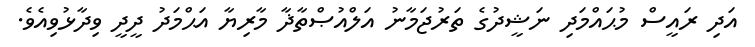
އަދި ރައީސް މުޙައްމަދި ނަޝީދުގެ ތަރުޖަމާނު އަލްއުޞްތާޛާ މާރިޔާ އަޙްމަދު ދީދީ ވިދާޅުވިއެވެ.